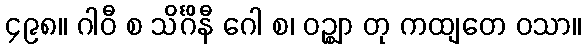
၄၉၈။ ဂါဝီ စ သိင်္ဂိနီ ဂေါ စ၊ ဝဉ္ဈာ တု ကထျတေ ဝသာ။